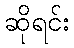
ဆိုရင်း